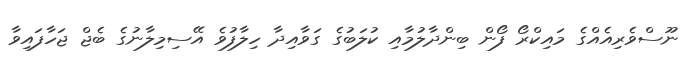
ނޫސްވެރިއެއްގެ މައިކްރޯ ފޯން ބިންދާލުމާއި ކުލަބުގެ ގަވާއިދާ ހިލާފުވެ އޭސިމިލާނުގެ ބެޖް ޖަހާފައިވާ